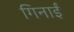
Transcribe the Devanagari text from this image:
गिनाईं